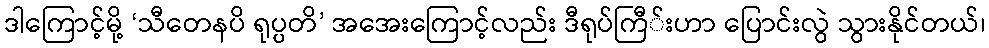
ဒါကြောင့်မို့ ‘သီတေနပိ ရုပ္ပတိ’ အအေးကြောင့်လည်း ဒီရုပ်ကြီ်းဟာ ပြောင်းလွဲ သွားနိုင်တယ်၊